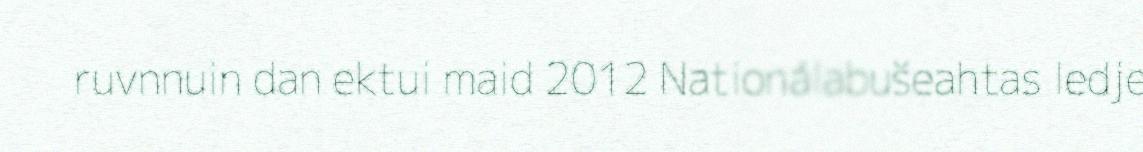
ruvnnuin dan ektui maid 2012 Nationálabušeahtas ledje